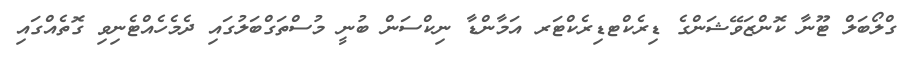
ގްލޯބަލް ޓޫނާ ކޮންޒަވޭޝަންގެ ޑިރެކްޓޑިރެކްޓަރ އަމާންޑާ ނިކްސަން ބުނީ މުސްތަގްބަލުގައި ދެމެހެއްޓެނިވި ގޮތެއްގައި